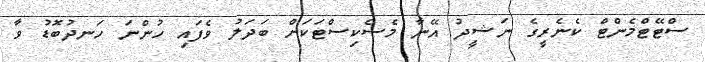
ސްޓޭޓްމެންޓް ކެނެރީގެ ނަޝީދު އޭނާ މެސެކިސްޓަކަށް ބަދަލު ވެފައި ހުންނަ ހަނދުބޮޑު ވާ